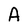
Character: A